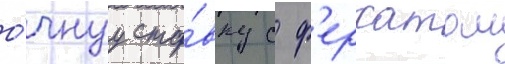
о́чнуу ста́вку с ф'ерхатом